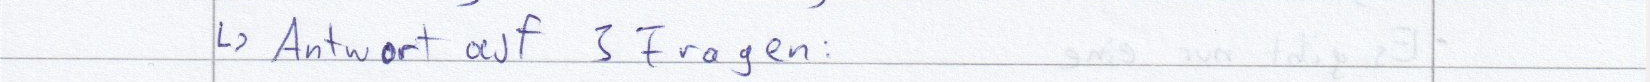
-> Antwort auf 3 Fragen: